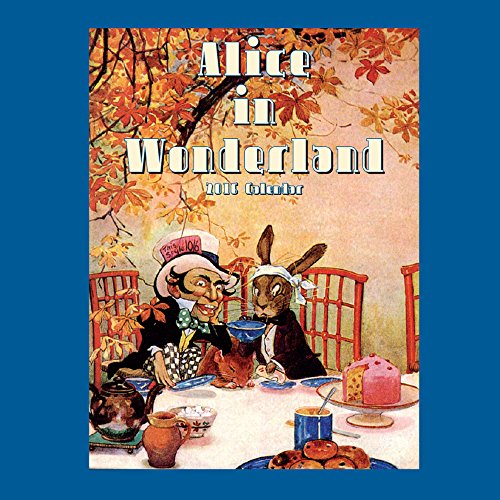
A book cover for Alice in Wonderland (CL53175); Catch Publishing; Calendars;